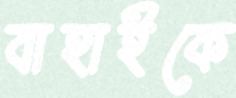
বাহাইকে